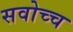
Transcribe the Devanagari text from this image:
सवोच्च